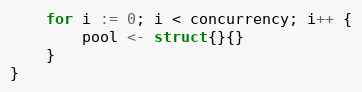
Language: Go
	for i := 0; i < concurrency; i++ {
		pool <- struct{}{}
	}
}